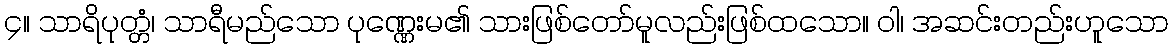
၄။ သာရိပုတ္တံ၊ သာရီမည်သော ပုဏ္ဏေးမ၏ သားဖြစ်တော်မူလည်းဖြစ်ထသော။ ဝါ၊ အဆင်းတည်းဟူသော